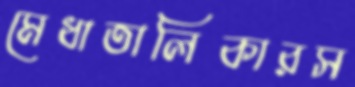
মেধাতালিকারস